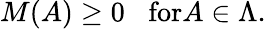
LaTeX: M(A)\geq 0\; \; \; \mathrm{for}A\in\Lambda.